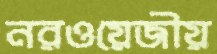
নরওয়েজীয়